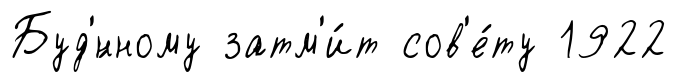
Буд'́нному затм'и́т сов'е́ту 1922